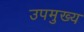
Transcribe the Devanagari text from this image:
उपमुख्य